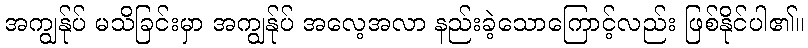
အကျွန်ုပ် မသိခြင်းမှာ အကျွန်ုပ် အလေ့အလာ နည်းခဲ့သောကြောင့်လည်း ဖြစ်နိုင်ပါ၏။